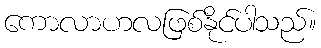
ကောလာဟလဖြစ်နိုင်ပါသည်။